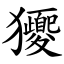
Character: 獿